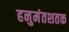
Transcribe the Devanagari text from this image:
हनुमंतशतक